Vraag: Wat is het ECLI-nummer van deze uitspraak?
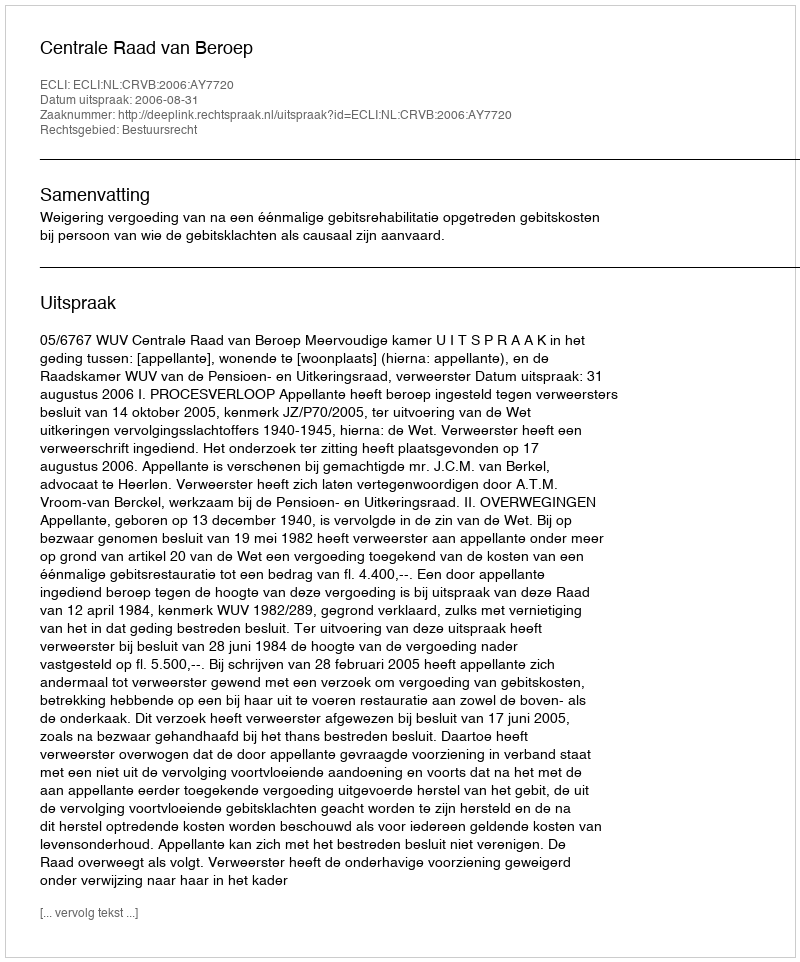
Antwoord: ECLI:NL:CRVB:2006:AY7720